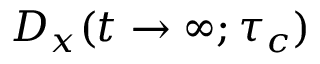
D _ { x } ( t \to \infty ; \tau _ { c } )